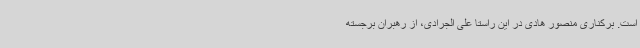
است. برکناری منصور هادی در این راستا علی الجرادی، از رهبران برجسته